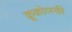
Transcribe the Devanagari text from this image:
क्रूकोव्स्की